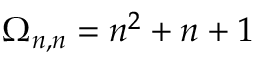
\begin{array} { r } { \Omega _ { n , n } = n ^ { 2 } + n + 1 } \end{array}